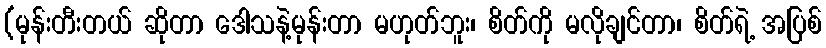
(မုန်းတီးတယ် ဆိုတာ ဒေါသနဲ့မုန်းတာ မဟုတ်ဘူး၊ စိတ်ကို မလိုချင်တာ၊ စိတ်ရဲ့ အပြစ်